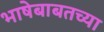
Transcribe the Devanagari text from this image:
भाषेबाबतच्या